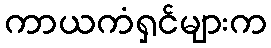
ကာယကံရှင်များက